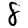
Digit: 8